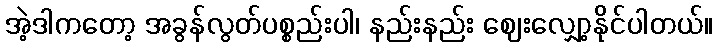
အဲ့ဒါကတော့ အခွန်လွတ်ပစ္စည်းပါ၊ နည်းနည်း ဈေးလျှော့နိုင်ပါတယ်။